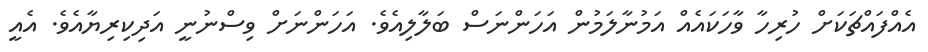
އެއްފައްޗަކަށް ހުރިހާ ވާހަކައެއް އަމުނާލަމުން އަހަންނަސް ބަލާލިއެވެ. އަހަންނަށް ވިސްނުނީ އަދިކިރިޔާއެވެ. އެއީ